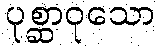
ပုစ္ဆာဝုသော